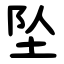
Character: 坠